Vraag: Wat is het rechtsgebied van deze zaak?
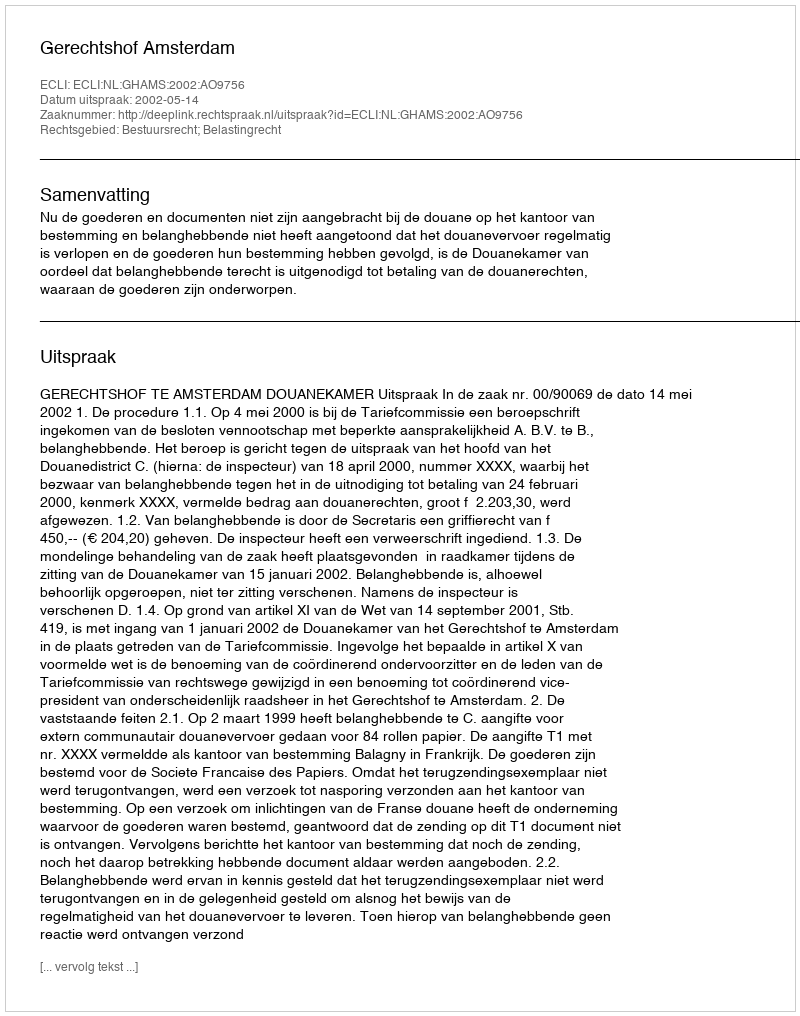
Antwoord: Bestuursrecht; Belastingrecht